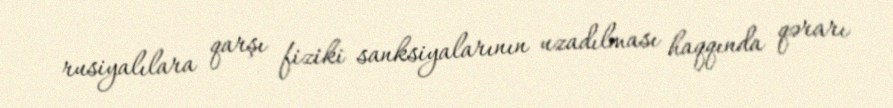
rusiyalılara qarşı fiziki sanksiyalarının uzadılması haqqında qərarı